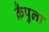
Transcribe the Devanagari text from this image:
क्रैपुला